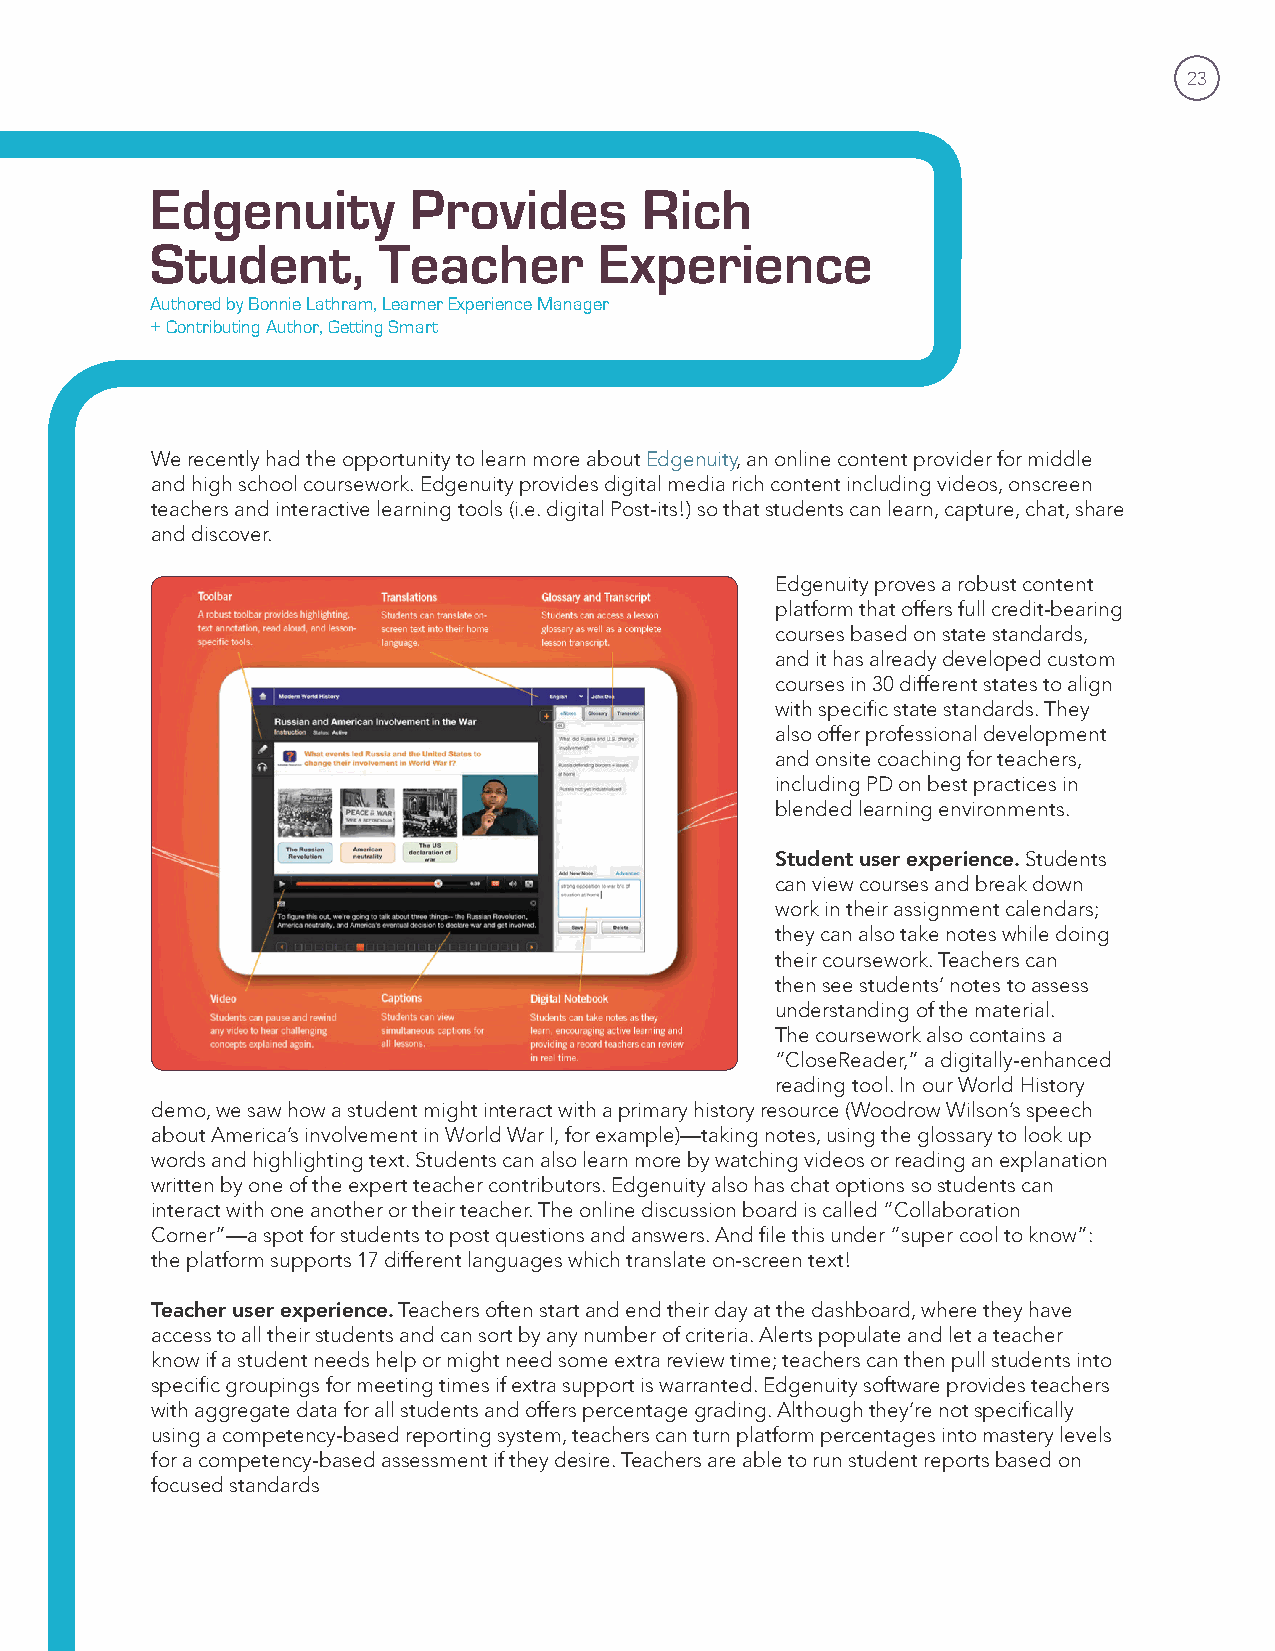
23
 Edgenuity        Provides       Rich
 Student,       Teacher        Experience
 Authored by Bonnie Lathram, Learner Experience Manager
 + Contributing Author, Getting Smart
 We recently had the opportunity to learn more about Edgenuity, an online content provider for middle
 and high school coursework. Edgenuity provides digital media rich content including videos, onscreen
 teachers and interactive learning tools (i.e. digital Post-its!) so that students can learn, capture, chat, share
 and discover.
 Edgenuity proves a robust content
 platform that offers full credit-bearing
 courses based on state standards,
 and it has already developed custom
 courses in 30 different states to align
 with specific state standards. They
 also offer professional development
 and onsite coaching for teachers,
 including PD on best practices in
 blended learning environments.
 Student user experience. Students
 can view courses and break down
 work in their assignment calendars;
 they can also take notes while doing
 their coursework. Teachers can
 then see students’ notes to assess
 understanding of the material.
 The coursework also contains a
 “CloseReader,” a digitally-enhanced
 reading tool. In our World History
 demo, we saw how a student might interact with a primary history resource (Woodrow Wilson’s speech
 about America’s involvement in World War I, for example)—taking notes, using the glossary to look up
 words and highlighting text. Students can also learn more by watching videos or reading an explanation
 written by one of the expert teacher contributors. Edgenuity also has chat options so students can
 interact with one another or their teacher. The online discussion board is called “Collaboration
 Corner”—a spot for students to post questions and answers. And file this under “super cool to know”:
 the platform supports 17 different languages which translate on-screen text!
 Teacher user experience. Teachers often start and end their day at the dashboard, where they have
 access to all their students and can sort by any number of criteria. Alerts populate and let a teacher
 know if a student needs help or might need some extra review time; teachers can then pull students into
 specific groupings for meeting times if extra support is warranted. Edgenuity software provides teachers
 with aggregate data for all students and offers percentage grading. Although they’re not specifically
 using a competency-based reporting system, teachers can turn platform percentages into mastery levels
 for a competency-based assessment if they desire. Teachers are able to run student reports based on
 focused standards